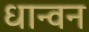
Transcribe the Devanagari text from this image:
धान्वन